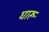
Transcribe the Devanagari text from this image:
घारू